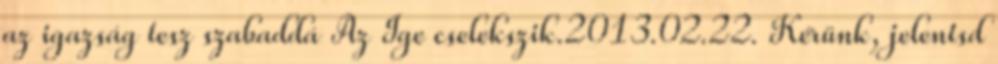
az igazság tesz szabaddá Az Ige cselekszik.2013.02.22. Kérünk, jelentsd